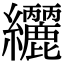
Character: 𮉟